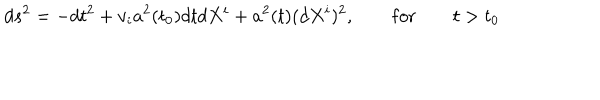
d s ^ { 2 } = - d t ^ { 2 } + v _ { i } a ^ { 2 } ( t _ { 0 } ) d t d X ^ { i } + a ^ { 2 } ( t ) ( d X ^ { i } ) ^ { 2 } , \qquad \mathrm { f o r } \qquad t > t _ { 0 }